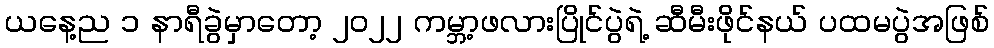
ယနေ့ည ၁ နာရီခွဲမှာတော့ ၂၀၂၂ ကမ္ဘာ့ဖလားပြိုင်ပွဲရဲ့ ဆီမီးဖိုင်နယ် ပထမပွဲအဖြစ်